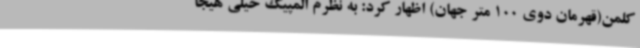
کلمن(قهرمان دوی 100 متر جهان) اظهار کرد: به نظرم المپیک خیلی هیجا